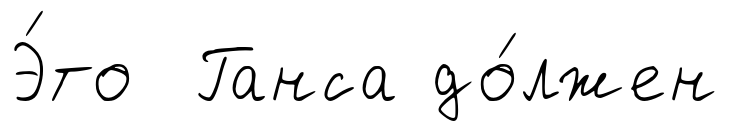
Э́то Ганса до́лжен